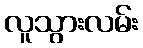
လူသွားလမ်း